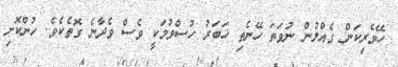
ހޭވެރިކަން ގެއްލުން ނުވަތަ ހޭނެތި ޚަބަރު ހުސްވުމަކީ ވެސް ވެދާނެ ގޮތެކެވެ. ހުންކޮށި